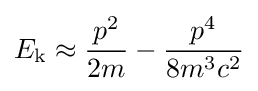
E_{\text{k}}\approx {\frac {p^{2}}{2m}}-{\frac {p^{4}}{8m^{3}c^{2}}}